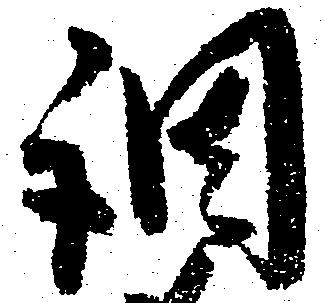
調